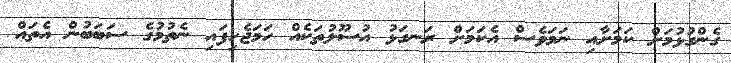
ގެންގުޅުމަށް ކަމަށާއި ނަމަވެސް އެކަމަށް ރަނގަޅު އުސޫލުތަކެއް ހަމަޖެހިފައި ނެތުމުގެ ސަބަބުން އެތައް